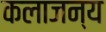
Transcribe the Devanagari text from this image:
कलाजन्य